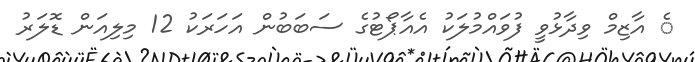
ެ އާޒިމް ވިދާޅުވީ ފުވައްމުލަކު އެއާޕޯޓުގެ ސަބަބުން އަހަރަކު 12 މިލިއަން ޑޮލަރު